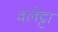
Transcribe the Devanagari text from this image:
वलेट्टा